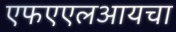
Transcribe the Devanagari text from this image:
एफएएलआयचा